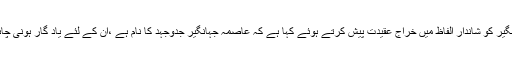
13 فروری2018ء) اراکین سینٹ نے ممتاز قانون دان و انسانی حقوق کی علمبردار عاصمہ جہانگیر کو شاندار الفاظ میں خراج عقیدت پیش کرتے ہوئے کہا ہے کہ عاصمہ جہانگیر جدوجہد کا نام ہے ،ْان کے لئے یاد گار ہونی چاہیے ،ْخواتین کو انسانی حقوق کی بالادستی کے لئے عاصمہ جہانگیر کے نقش قدم پر چلنا چاہیے۔